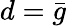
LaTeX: d=\bar{g}